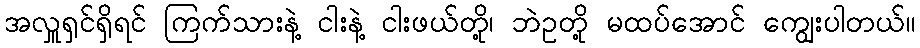
အလှူရှင်ရှိရင် ကြက်သားနဲ့ ငါးနဲ့ ငါးဖယ်တို့၊ ဘဲဥတို့ မထပ်အောင် ကျွေးပါတယ်။